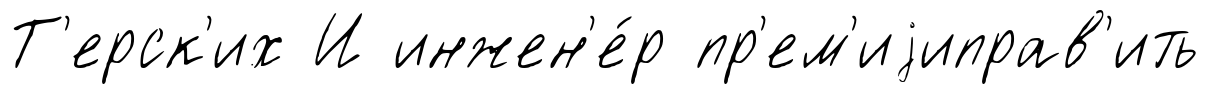
Т'ерск'их И инжен'е́р пр'ем'иjиправ'ить